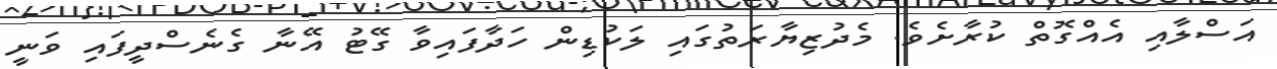
އަސްލާއި އެއްގޮތް ކުރާށެވެ. މެދުޒިޔާރަތުގައި ލަކުޑިން ހަދާފައިވާ ގޭޓު އޭނާ ގެނެސްދީފައި ވަނީ